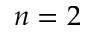
n = 2